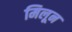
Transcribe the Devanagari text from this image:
मिलून